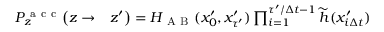
\begin{array} { r l } { P _ { z } ^ { \mathrm { ~ a ~ c ~ c ~ } } \bigl ( z \to } & { { } z ^ { \prime } \bigr ) = H _ { \mathrm { ~ A ~ B ~ } } ( x _ { 0 } ^ { \prime } , x _ { \tau ^ { \prime } } ^ { \prime } ) \prod _ { i = 1 } ^ { \tau ^ { \prime } / \Delta t - 1 } \widetilde { h } ( x _ { i \Delta t } ^ { \prime } ) } \end{array}